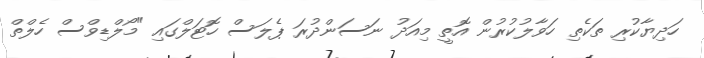
ހަދިޔާކުރި ތަކެތި ހަވާލުކުރުން އޮތީ މިއަދު ނަސަންދުރަ ޕެލަސް ހޮޓަލްގައި "މޯލްޑިވްސް ހެލްތް